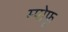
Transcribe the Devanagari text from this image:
म्पोफू